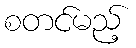
စတင်မည့်